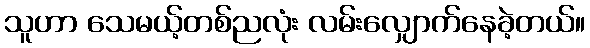
သူဟာ သေမယ့်တစ်ညလုံး လမ်းလျှောက်နေခဲ့တယ်။